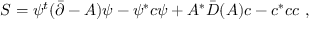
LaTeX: S = \psi ^ { t } ( \bar { \partial } - A ) \psi - \psi ^ { * } c \psi + A ^ { * } \bar { D } ( A ) c - c ^ { * } c c \ ,